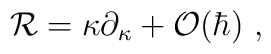
{\cal R} = \kappa \partial _\kappa + {\cal O}(\hbar) \ ,